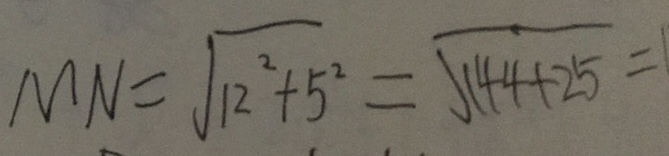
M N = \sqrt { 1 2 ^ { 2 } + 5 ^ { 2 } } = \sqrt { 1 4 4 + 2 5 } = 1